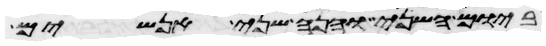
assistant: ביום השני והנה שני אנשים